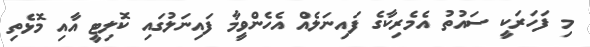
މި ފަހަރަކީ ސައުތު އެމެރިކާގެ ފައިނަލެއް އެހެންވީމާ ފައިނަލުގައި ކޮލިޓީ އާއި މޮޅެތި